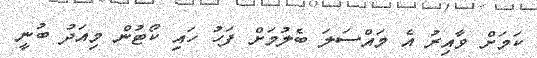
ކަމަށް ވާއިރު އެ މައްސަލަ ބެލުމަށް ފަހު ހައި ކޯޓުން މިއަދު ބުނީ